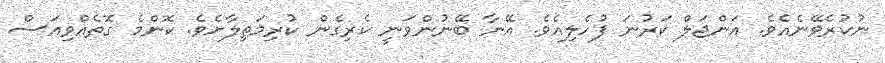
ނުކުރެވޭނެއެވެ. އަންޖަލް ކަރުނަ ފުހެލިއެވެ. އޭނާ ބޭނުންވަނީ ކެރިގެން ކުރިމަތިލާށެވެ. ކޮންމެ ގޮތެއްވިއަސް